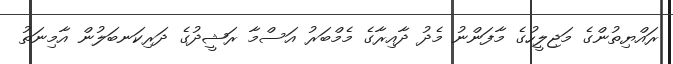
ރައްޔިތުންގެ މަޖިލީހުގެ މާފަންނު މެދު ދާއިރާގެ މެމްބަރު އަސްމާ ރަޝީދުގެ ދަރިކަނބަލުން އާމިނަތު